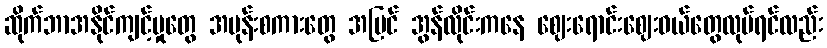
ဆိုက်ဘာအနိုင်ကျင့်မှုတွေ အမုန်းစကားတွေ အပြင် အွန်လိုင်းကနေ ဈေးရောင်းဈေးဝယ်တွေလုပ်ရင်လည်း